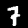
Label: 7